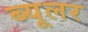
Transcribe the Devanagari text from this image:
ब्यूलर